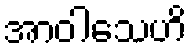
အာဝါသေဟိ